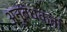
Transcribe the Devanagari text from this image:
अनुबंधकर्ता